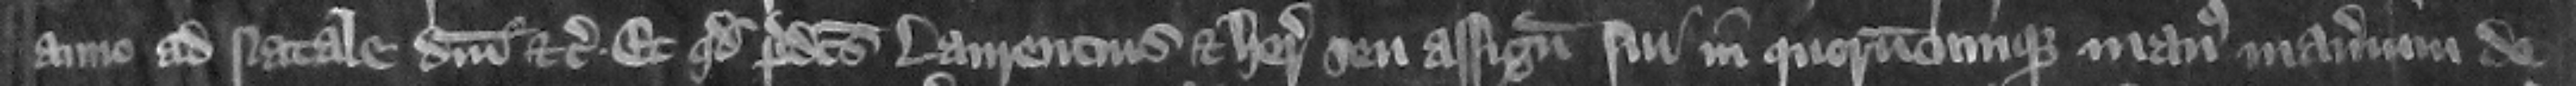
anno ad Natale Domini etc. et quod predictus Laurencius et heredes seu assignati sui in quorumcumque manus manerium de